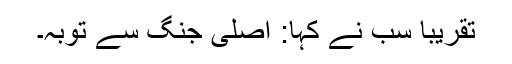
تقریباً سب نے کہا: اصلی جنگ سے توبہ۔